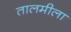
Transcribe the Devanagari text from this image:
तालमीला